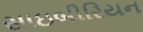
સાઇબીરિયન